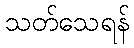
သတ်သေရန်